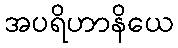
အပရိဟာနိယေ